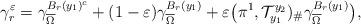
LaTeX: \begin{align*}\gamma_{r}^{\varepsilon}=\gamma_{\overline{\Omega}}^{B_{r}(y_{1})^{c}}+(1-\varepsilon)\gamma_{\overline{\Omega}}^{B_{r}(y_{1})}+\varepsilon\big(\pi^{1},\mathcal{T}_{y_{1}}^{y_{2}})_{\#}\gamma_{\overline{\Omega}}^{B_{r}(y_{1})}\big),\end{align*}